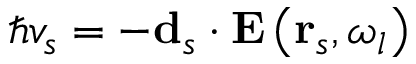
\hbar v _ { s } = - \mathbf { d } _ { s } \cdot \mathbf { E } \left( \mathbf { r } _ { s } , \omega _ { l } \right)